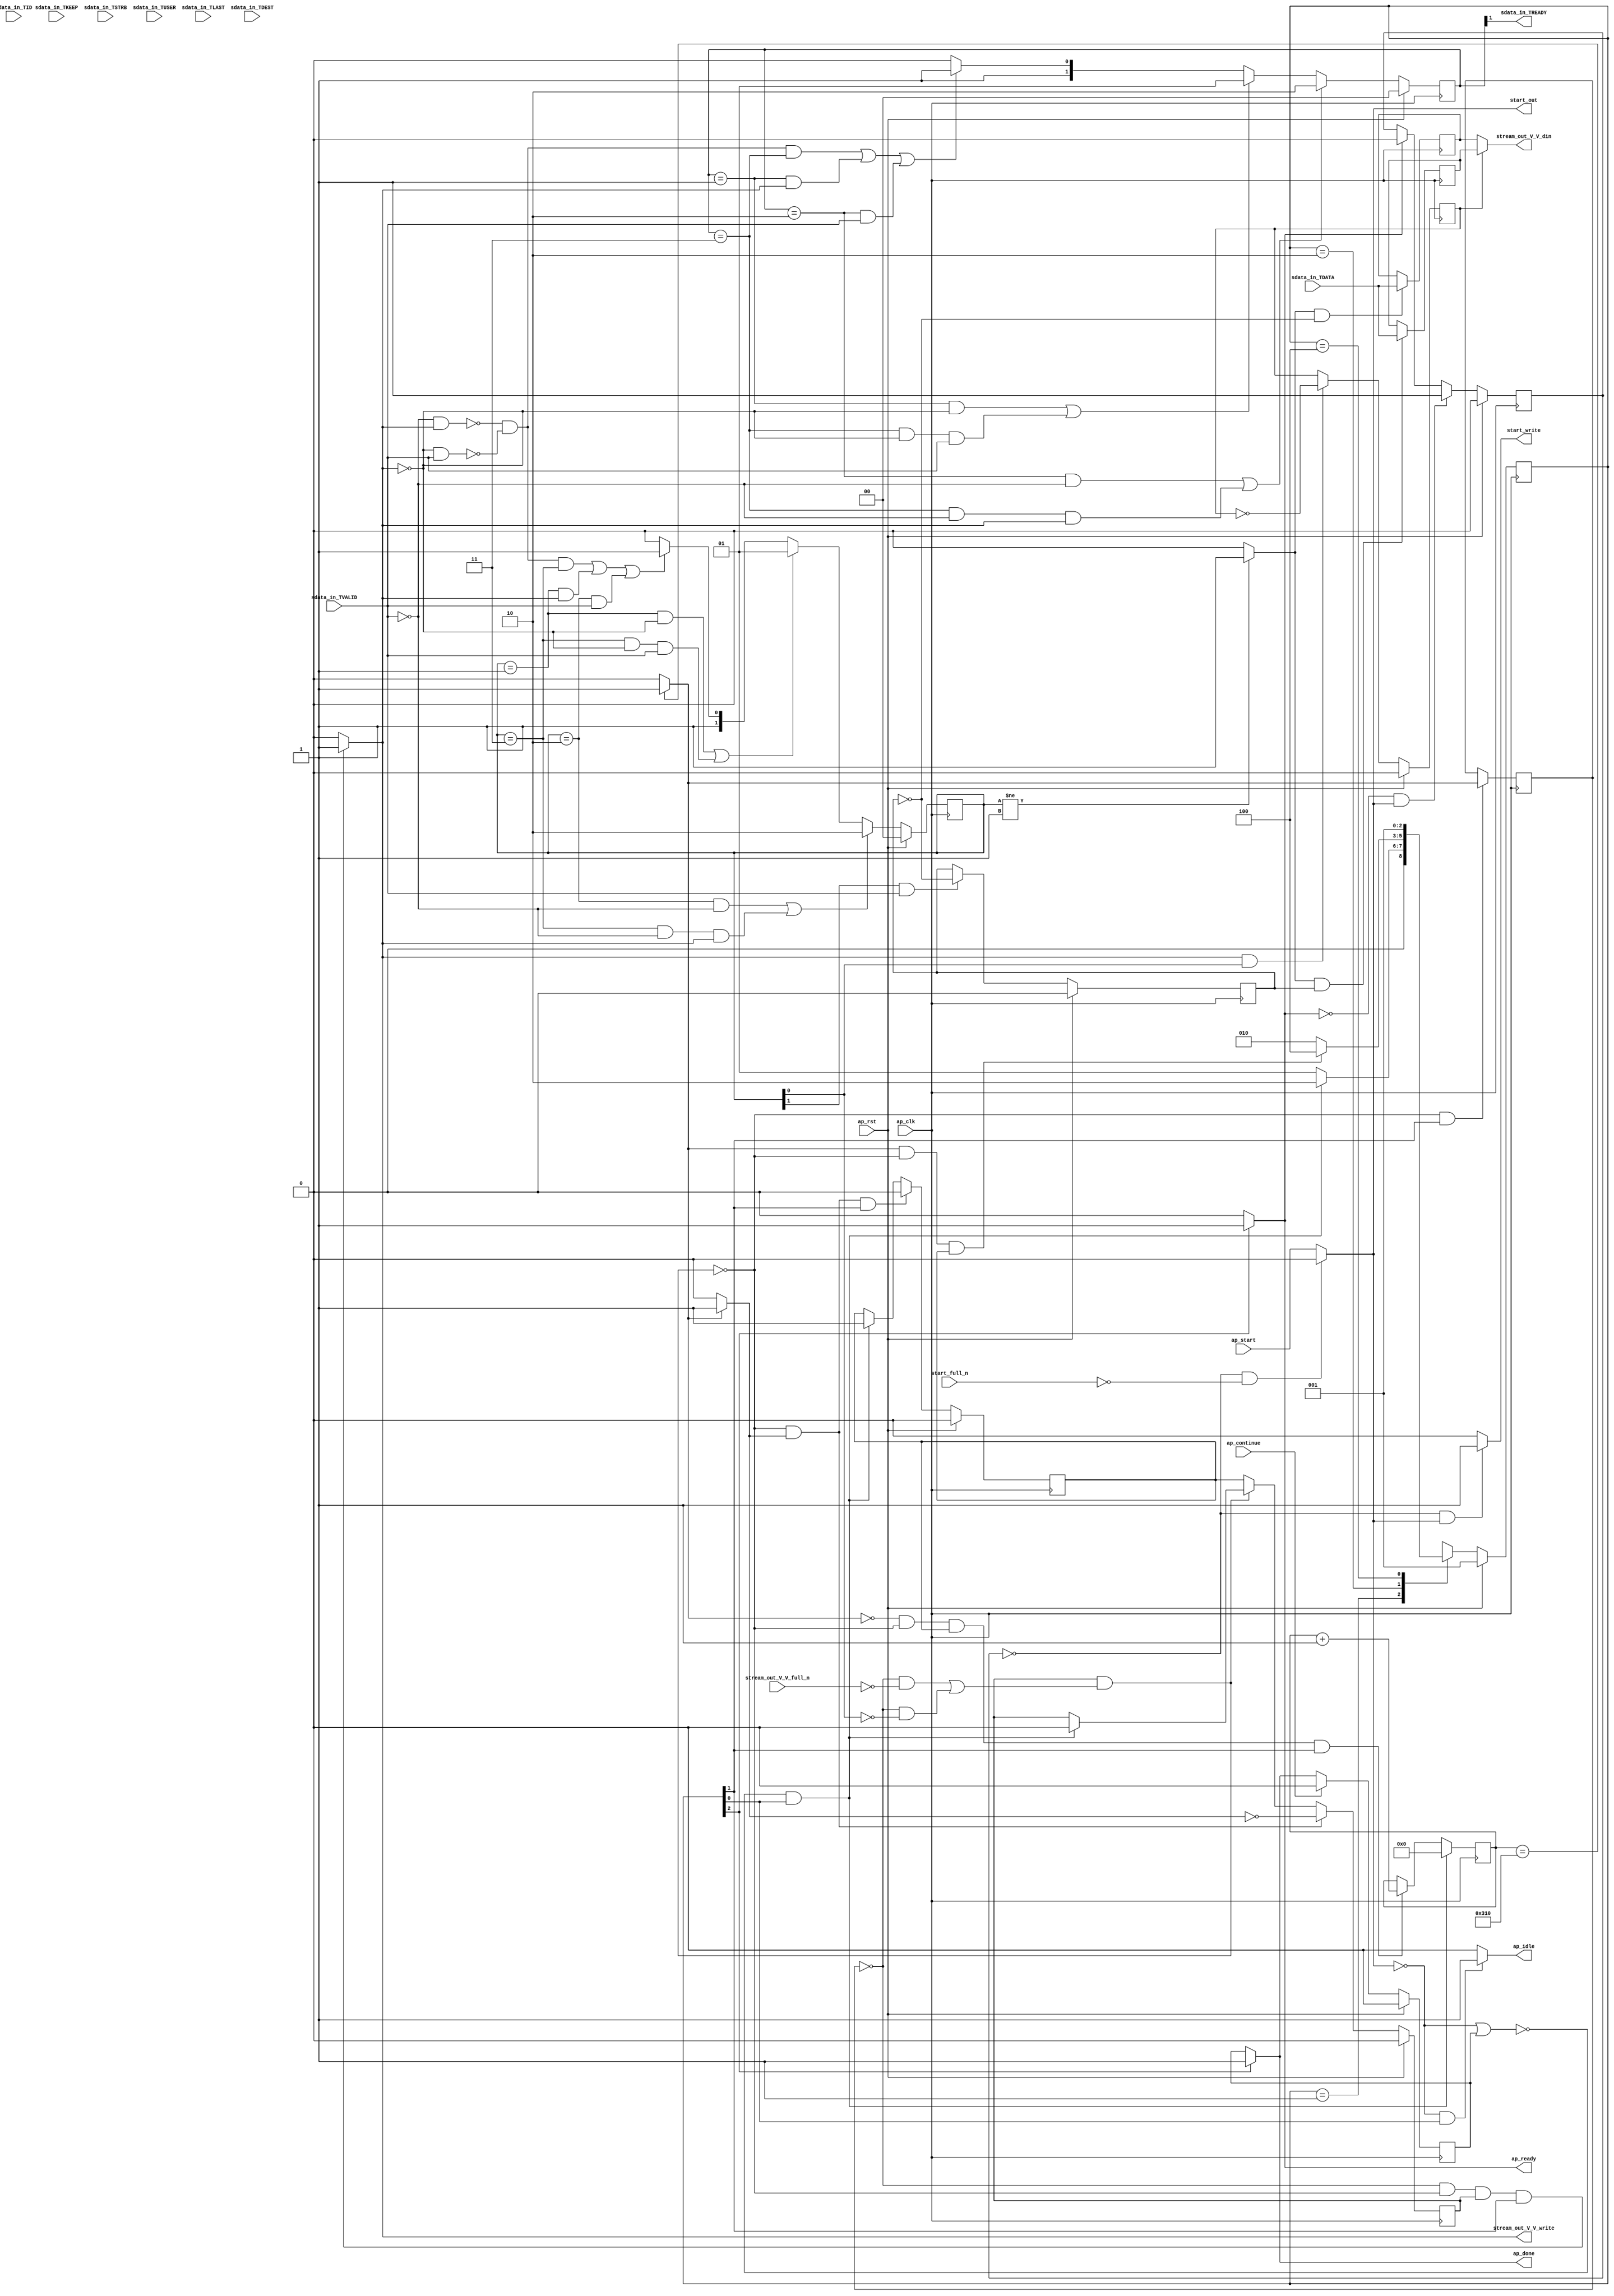
// ==============================================================
// RTL generated by Vivado(TM) HLS - High-Level Synthesis from C, C++ and SystemC
// Version: 2017.4
// Copyright (C) 1986-2017 Xilinx, Inc. All Rights Reserved.
// 
// ===========================================================

`timescale 1 ns / 1 ps 

module unpacker (
        ap_clk,
        ap_rst,
        ap_start,
        start_full_n,
        ap_done,
        ap_continue,
        ap_idle,
        ap_ready,
        start_out,
        start_write,
        sdata_in_TDATA,
        sdata_in_TVALID,
        sdata_in_TREADY,
        sdata_in_TKEEP,
        sdata_in_TSTRB,
        sdata_in_TUSER,
        sdata_in_TLAST,
        sdata_in_TID,
        sdata_in_TDEST,
        stream_out_V_V_din,
        stream_out_V_V_full_n,
        stream_out_V_V_write
);

parameter    ap_ST_fsm_state1 = 3'd1;
parameter    ap_ST_fsm_pp0_stage0 = 3'd2;
parameter    ap_ST_fsm_state4 = 3'd4;

input   ap_clk;
input   ap_rst;
input   ap_start;
input   start_full_n;
output   ap_done;
input   ap_continue;
output   ap_idle;
output   ap_ready;
output   start_out;
output   start_write;
input  [15:0] sdata_in_TDATA;
input   sdata_in_TVALID;
output   sdata_in_TREADY;
input  [1:0] sdata_in_TKEEP;
input  [1:0] sdata_in_TSTRB;
input  [0:0] sdata_in_TUSER;
input  [0:0] sdata_in_TLAST;
input  [0:0] sdata_in_TID;
input  [0:0] sdata_in_TDEST;
output  [15:0] stream_out_V_V_din;
input   stream_out_V_V_full_n;
output   stream_out_V_V_write;

reg ap_done;
reg ap_idle;
reg start_write;
reg stream_out_V_V_write;

reg    real_start;
reg    start_once_reg;
reg    ap_done_reg;
(* fsm_encoding = "none" *) reg   [2:0] ap_CS_fsm;
wire    ap_CS_fsm_state1;
reg    internal_ap_ready;
reg   [15:0] stream_in_V_data_V_0_data_out;
wire    stream_in_V_data_V_0_vld_in;
wire    stream_in_V_data_V_0_vld_out;
wire    stream_in_V_data_V_0_ack_in;
reg    stream_in_V_data_V_0_ack_out;
reg   [15:0] stream_in_V_data_V_0_payload_A;
reg   [15:0] stream_in_V_data_V_0_payload_B;
reg    stream_in_V_data_V_0_sel_rd;
reg    stream_in_V_data_V_0_sel_wr;
wire    stream_in_V_data_V_0_sel;
wire    stream_in_V_data_V_0_load_A;
wire    stream_in_V_data_V_0_load_B;
reg   [1:0] stream_in_V_data_V_0_state;
wire    stream_in_V_data_V_0_state_cmp_full;
wire    stream_in_V_dest_V_0_vld_in;
reg    stream_in_V_dest_V_0_ack_out;
reg   [1:0] stream_in_V_dest_V_0_state;
reg    sdata_in_TDATA_blk_n;
wire    ap_CS_fsm_pp0_stage0;
reg    ap_enable_reg_pp0_iter1;
wire    ap_block_pp0_stage0;
reg   [0:0] exitcond_reg_125;
reg    stream_out_V_V_blk_n;
reg   [9:0] i_reg_97;
wire   [0:0] exitcond_fu_108_p2;
wire    ap_block_state2_pp0_stage0_iter0;
reg    ap_block_state3_pp0_stage0_iter1;
reg    ap_block_pp0_stage0_11001;
wire   [9:0] i_1_fu_114_p2;
reg    ap_enable_reg_pp0_iter0;
reg    ap_block_state1;
reg    ap_block_pp0_stage0_subdone;
reg    ap_condition_pp0_exit_iter0_state2;
reg    ap_block_pp0_stage0_01001;
wire    ap_CS_fsm_state4;
reg   [2:0] ap_NS_fsm;
reg    ap_idle_pp0;
wire    ap_enable_pp0;

// power-on initialization
initial begin
#0 start_once_reg = 1'b0;
#0 ap_done_reg = 1'b0;
#0 ap_CS_fsm = 3'd1;
#0 stream_in_V_data_V_0_sel_rd = 1'b0;
#0 stream_in_V_data_V_0_sel_wr = 1'b0;
#0 stream_in_V_data_V_0_state = 2'd0;
#0 stream_in_V_dest_V_0_state = 2'd0;
#0 ap_enable_reg_pp0_iter1 = 1'b0;
#0 ap_enable_reg_pp0_iter0 = 1'b0;
end

always @ (posedge ap_clk) begin
    if (ap_rst == 1'b1) begin
        ap_CS_fsm <= ap_ST_fsm_state1;
    end else begin
        ap_CS_fsm <= ap_NS_fsm;
    end
end

always @ (posedge ap_clk) begin
    if (ap_rst == 1'b1) begin
        ap_done_reg <= 1'b0;
    end else begin
        if ((ap_continue == 1'b1)) begin
            ap_done_reg <= 1'b0;
        end else if ((1'b1 == ap_CS_fsm_state4)) begin
            ap_done_reg <= 1'b1;
        end
    end
end

always @ (posedge ap_clk) begin
    if (ap_rst == 1'b1) begin
        ap_enable_reg_pp0_iter0 <= 1'b0;
    end else begin
        if (((1'b0 == ap_block_pp0_stage0_subdone) & (1'b1 == ap_condition_pp0_exit_iter0_state2) & (1'b1 == ap_CS_fsm_pp0_stage0))) begin
            ap_enable_reg_pp0_iter0 <= 1'b0;
        end else if ((~((real_start == 1'b0) | (ap_done_reg == 1'b1)) & (1'b1 == ap_CS_fsm_state1))) begin
            ap_enable_reg_pp0_iter0 <= 1'b1;
        end
    end
end

always @ (posedge ap_clk) begin
    if (ap_rst == 1'b1) begin
        ap_enable_reg_pp0_iter1 <= 1'b0;
    end else begin
        if (((1'b0 == ap_block_pp0_stage0_subdone) & (1'b1 == ap_condition_pp0_exit_iter0_state2))) begin
            ap_enable_reg_pp0_iter1 <= (1'b1 ^ ap_condition_pp0_exit_iter0_state2);
        end else if ((1'b0 == ap_block_pp0_stage0_subdone)) begin
            ap_enable_reg_pp0_iter1 <= ap_enable_reg_pp0_iter0;
        end else if ((~((real_start == 1'b0) | (ap_done_reg == 1'b1)) & (1'b1 == ap_CS_fsm_state1))) begin
            ap_enable_reg_pp0_iter1 <= 1'b0;
        end
    end
end

always @ (posedge ap_clk) begin
    if (ap_rst == 1'b1) begin
        start_once_reg <= 1'b0;
    end else begin
        if (((internal_ap_ready == 1'b0) & (real_start == 1'b1))) begin
            start_once_reg <= 1'b1;
        end else if ((internal_ap_ready == 1'b1)) begin
            start_once_reg <= 1'b0;
        end
    end
end

always @ (posedge ap_clk) begin
    if (ap_rst == 1'b1) begin
        stream_in_V_data_V_0_sel_rd <= 1'b0;
    end else begin
        if (((stream_in_V_data_V_0_ack_out == 1'b1) & (stream_in_V_data_V_0_vld_out == 1'b1))) begin
            stream_in_V_data_V_0_sel_rd <= ~stream_in_V_data_V_0_sel_rd;
        end
    end
end

always @ (posedge ap_clk) begin
    if (ap_rst == 1'b1) begin
        stream_in_V_data_V_0_sel_wr <= 1'b0;
    end else begin
        if (((stream_in_V_data_V_0_ack_in == 1'b1) & (stream_in_V_data_V_0_vld_in == 1'b1))) begin
            stream_in_V_data_V_0_sel_wr <= ~stream_in_V_data_V_0_sel_wr;
        end
    end
end

always @ (posedge ap_clk) begin
    if (ap_rst == 1'b1) begin
        stream_in_V_data_V_0_state <= 2'd0;
    end else begin
        if ((((stream_in_V_data_V_0_state == 2'd2) & (stream_in_V_data_V_0_vld_in == 1'b0)) | ((stream_in_V_data_V_0_state == 2'd3) & (stream_in_V_data_V_0_vld_in == 1'b0) & (stream_in_V_data_V_0_ack_out == 1'b1)))) begin
            stream_in_V_data_V_0_state <= 2'd2;
        end else if ((((stream_in_V_data_V_0_state == 2'd1) & (stream_in_V_data_V_0_ack_out == 1'b0)) | ((stream_in_V_data_V_0_state == 2'd3) & (stream_in_V_data_V_0_ack_out == 1'b0) & (stream_in_V_data_V_0_vld_in == 1'b1)))) begin
            stream_in_V_data_V_0_state <= 2'd1;
        end else if (((~((stream_in_V_data_V_0_vld_in == 1'b0) & (stream_in_V_data_V_0_ack_out == 1'b1)) & ~((stream_in_V_data_V_0_ack_out == 1'b0) & (stream_in_V_data_V_0_vld_in == 1'b1)) & (stream_in_V_data_V_0_state == 2'd3)) | ((stream_in_V_data_V_0_state == 2'd1) & (stream_in_V_data_V_0_ack_out == 1'b1)) | ((stream_in_V_data_V_0_state == 2'd2) & (stream_in_V_data_V_0_vld_in == 1'b1)))) begin
            stream_in_V_data_V_0_state <= 2'd3;
        end else begin
            stream_in_V_data_V_0_state <= 2'd2;
        end
    end
end

always @ (posedge ap_clk) begin
    if (ap_rst == 1'b1) begin
        stream_in_V_dest_V_0_state <= 2'd0;
    end else begin
        if ((((stream_in_V_dest_V_0_state == 2'd2) & (stream_in_V_dest_V_0_vld_in == 1'b0)) | ((stream_in_V_dest_V_0_state == 2'd3) & (stream_in_V_dest_V_0_vld_in == 1'b0) & (stream_in_V_dest_V_0_ack_out == 1'b1)))) begin
            stream_in_V_dest_V_0_state <= 2'd2;
        end else if ((((stream_in_V_dest_V_0_state == 2'd1) & (stream_in_V_dest_V_0_ack_out == 1'b0)) | ((stream_in_V_dest_V_0_state == 2'd3) & (stream_in_V_dest_V_0_ack_out == 1'b0) & (stream_in_V_dest_V_0_vld_in == 1'b1)))) begin
            stream_in_V_dest_V_0_state <= 2'd1;
        end else if (((~((stream_in_V_dest_V_0_vld_in == 1'b0) & (stream_in_V_dest_V_0_ack_out == 1'b1)) & ~((stream_in_V_dest_V_0_ack_out == 1'b0) & (stream_in_V_dest_V_0_vld_in == 1'b1)) & (stream_in_V_dest_V_0_state == 2'd3)) | ((stream_in_V_dest_V_0_state == 2'd1) & (stream_in_V_dest_V_0_ack_out == 1'b1)) | ((stream_in_V_dest_V_0_state == 2'd2) & (stream_in_V_dest_V_0_vld_in == 1'b1)))) begin
            stream_in_V_dest_V_0_state <= 2'd3;
        end else begin
            stream_in_V_dest_V_0_state <= 2'd2;
        end
    end
end

always @ (posedge ap_clk) begin
    if ((~((real_start == 1'b0) | (ap_done_reg == 1'b1)) & (1'b1 == ap_CS_fsm_state1))) begin
        i_reg_97 <= 10'd0;
    end else if (((exitcond_fu_108_p2 == 1'd0) & (1'b0 == ap_block_pp0_stage0_11001) & (ap_enable_reg_pp0_iter0 == 1'b1) & (1'b1 == ap_CS_fsm_pp0_stage0))) begin
        i_reg_97 <= i_1_fu_114_p2;
    end
end

always @ (posedge ap_clk) begin
    if (((1'b0 == ap_block_pp0_stage0_11001) & (1'b1 == ap_CS_fsm_pp0_stage0))) begin
        exitcond_reg_125 <= exitcond_fu_108_p2;
    end
end

always @ (posedge ap_clk) begin
    if ((stream_in_V_data_V_0_load_A == 1'b1)) begin
        stream_in_V_data_V_0_payload_A <= sdata_in_TDATA;
    end
end

always @ (posedge ap_clk) begin
    if ((stream_in_V_data_V_0_load_B == 1'b1)) begin
        stream_in_V_data_V_0_payload_B <= sdata_in_TDATA;
    end
end

always @ (*) begin
    if ((exitcond_fu_108_p2 == 1'd1)) begin
        ap_condition_pp0_exit_iter0_state2 = 1'b1;
    end else begin
        ap_condition_pp0_exit_iter0_state2 = 1'b0;
    end
end

always @ (*) begin
    if ((1'b1 == ap_CS_fsm_state4)) begin
        ap_done = 1'b1;
    end else begin
        ap_done = ap_done_reg;
    end
end

always @ (*) begin
    if (((real_start == 1'b0) & (1'b1 == ap_CS_fsm_state1))) begin
        ap_idle = 1'b1;
    end else begin
        ap_idle = 1'b0;
    end
end

always @ (*) begin
    if (((ap_enable_reg_pp0_iter0 == 1'b0) & (ap_enable_reg_pp0_iter1 == 1'b0))) begin
        ap_idle_pp0 = 1'b1;
    end else begin
        ap_idle_pp0 = 1'b0;
    end
end

always @ (*) begin
    if ((1'b1 == ap_CS_fsm_state4)) begin
        internal_ap_ready = 1'b1;
    end else begin
        internal_ap_ready = 1'b0;
    end
end

always @ (*) begin
    if (((start_once_reg == 1'b0) & (start_full_n == 1'b0))) begin
        real_start = 1'b0;
    end else begin
        real_start = ap_start;
    end
end

always @ (*) begin
    if (((exitcond_reg_125 == 1'd0) & (1'b0 == ap_block_pp0_stage0) & (ap_enable_reg_pp0_iter1 == 1'b1) & (1'b1 == ap_CS_fsm_pp0_stage0))) begin
        sdata_in_TDATA_blk_n = stream_in_V_data_V_0_state[1'd0];
    end else begin
        sdata_in_TDATA_blk_n = 1'b1;
    end
end

always @ (*) begin
    if (((start_once_reg == 1'b0) & (real_start == 1'b1))) begin
        start_write = 1'b1;
    end else begin
        start_write = 1'b0;
    end
end

always @ (*) begin
    if (((exitcond_reg_125 == 1'd0) & (1'b0 == ap_block_pp0_stage0_11001) & (ap_enable_reg_pp0_iter1 == 1'b1) & (1'b1 == ap_CS_fsm_pp0_stage0))) begin
        stream_in_V_data_V_0_ack_out = 1'b1;
    end else begin
        stream_in_V_data_V_0_ack_out = 1'b0;
    end
end

always @ (*) begin
    if ((stream_in_V_data_V_0_sel == 1'b1)) begin
        stream_in_V_data_V_0_data_out = stream_in_V_data_V_0_payload_B;
    end else begin
        stream_in_V_data_V_0_data_out = stream_in_V_data_V_0_payload_A;
    end
end

always @ (*) begin
    if (((exitcond_reg_125 == 1'd0) & (1'b0 == ap_block_pp0_stage0_11001) & (ap_enable_reg_pp0_iter1 == 1'b1) & (1'b1 == ap_CS_fsm_pp0_stage0))) begin
        stream_in_V_dest_V_0_ack_out = 1'b1;
    end else begin
        stream_in_V_dest_V_0_ack_out = 1'b0;
    end
end

always @ (*) begin
    if (((exitcond_reg_125 == 1'd0) & (1'b0 == ap_block_pp0_stage0) & (ap_enable_reg_pp0_iter1 == 1'b1) & (1'b1 == ap_CS_fsm_pp0_stage0))) begin
        stream_out_V_V_blk_n = stream_out_V_V_full_n;
    end else begin
        stream_out_V_V_blk_n = 1'b1;
    end
end

always @ (*) begin
    if (((exitcond_reg_125 == 1'd0) & (1'b0 == ap_block_pp0_stage0_11001) & (ap_enable_reg_pp0_iter1 == 1'b1) & (1'b1 == ap_CS_fsm_pp0_stage0))) begin
        stream_out_V_V_write = 1'b1;
    end else begin
        stream_out_V_V_write = 1'b0;
    end
end

always @ (*) begin
    case (ap_CS_fsm)
        ap_ST_fsm_state1 : begin
            if ((~((real_start == 1'b0) | (ap_done_reg == 1'b1)) & (1'b1 == ap_CS_fsm_state1))) begin
                ap_NS_fsm = ap_ST_fsm_pp0_stage0;
            end else begin
                ap_NS_fsm = ap_ST_fsm_state1;
            end
        end
        ap_ST_fsm_pp0_stage0 : begin
            if (~((exitcond_fu_108_p2 == 1'd1) & (1'b0 == ap_block_pp0_stage0_subdone) & (ap_enable_reg_pp0_iter0 == 1'b1))) begin
                ap_NS_fsm = ap_ST_fsm_pp0_stage0;
            end else if (((exitcond_fu_108_p2 == 1'd1) & (1'b0 == ap_block_pp0_stage0_subdone) & (ap_enable_reg_pp0_iter0 == 1'b1))) begin
                ap_NS_fsm = ap_ST_fsm_state4;
            end else begin
                ap_NS_fsm = ap_ST_fsm_pp0_stage0;
            end
        end
        ap_ST_fsm_state4 : begin
            ap_NS_fsm = ap_ST_fsm_state1;
        end
        default : begin
            ap_NS_fsm = 'bx;
        end
    endcase
end

assign ap_CS_fsm_pp0_stage0 = ap_CS_fsm[32'd1];

assign ap_CS_fsm_state1 = ap_CS_fsm[32'd0];

assign ap_CS_fsm_state4 = ap_CS_fsm[32'd2];

assign ap_block_pp0_stage0 = ~(1'b1 == 1'b1);

always @ (*) begin
    ap_block_pp0_stage0_01001 = ((ap_enable_reg_pp0_iter1 == 1'b1) & (((exitcond_reg_125 == 1'd0) & (stream_out_V_V_full_n == 1'b0)) | ((exitcond_reg_125 == 1'd0) & (stream_in_V_data_V_0_vld_out == 1'b0))));
end

always @ (*) begin
    ap_block_pp0_stage0_11001 = ((ap_enable_reg_pp0_iter1 == 1'b1) & (((exitcond_reg_125 == 1'd0) & (stream_out_V_V_full_n == 1'b0)) | ((exitcond_reg_125 == 1'd0) & (stream_in_V_data_V_0_vld_out == 1'b0))));
end

always @ (*) begin
    ap_block_pp0_stage0_subdone = ((ap_enable_reg_pp0_iter1 == 1'b1) & (((exitcond_reg_125 == 1'd0) & (stream_out_V_V_full_n == 1'b0)) | ((exitcond_reg_125 == 1'd0) & (stream_in_V_data_V_0_vld_out == 1'b0))));
end

always @ (*) begin
    ap_block_state1 = ((real_start == 1'b0) | (ap_done_reg == 1'b1));
end

assign ap_block_state2_pp0_stage0_iter0 = ~(1'b1 == 1'b1);

always @ (*) begin
    ap_block_state3_pp0_stage0_iter1 = (((exitcond_reg_125 == 1'd0) & (stream_out_V_V_full_n == 1'b0)) | ((exitcond_reg_125 == 1'd0) & (stream_in_V_data_V_0_vld_out == 1'b0)));
end

assign ap_enable_pp0 = (ap_idle_pp0 ^ 1'b1);

assign ap_ready = internal_ap_ready;

assign exitcond_fu_108_p2 = ((i_reg_97 == 10'd784) ? 1'b1 : 1'b0);

assign i_1_fu_114_p2 = (i_reg_97 + 10'd1);

assign sdata_in_TREADY = stream_in_V_dest_V_0_state[1'd1];

assign start_out = real_start;

assign stream_in_V_data_V_0_ack_in = stream_in_V_data_V_0_state[1'd1];

assign stream_in_V_data_V_0_load_A = (stream_in_V_data_V_0_state_cmp_full & ~stream_in_V_data_V_0_sel_wr);

assign stream_in_V_data_V_0_load_B = (stream_in_V_data_V_0_state_cmp_full & stream_in_V_data_V_0_sel_wr);

assign stream_in_V_data_V_0_sel = stream_in_V_data_V_0_sel_rd;

assign stream_in_V_data_V_0_state_cmp_full = ((stream_in_V_data_V_0_state != 2'd1) ? 1'b1 : 1'b0);

assign stream_in_V_data_V_0_vld_in = sdata_in_TVALID;

assign stream_in_V_data_V_0_vld_out = stream_in_V_data_V_0_state[1'd0];

assign stream_in_V_dest_V_0_vld_in = sdata_in_TVALID;

assign stream_out_V_V_din = stream_in_V_data_V_0_data_out;

endmodule //unpacker